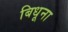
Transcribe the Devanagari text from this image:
बिधूना